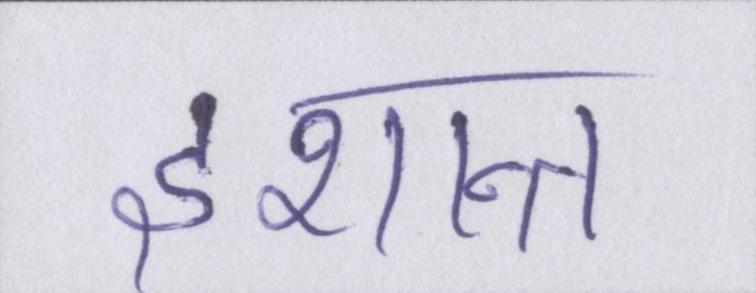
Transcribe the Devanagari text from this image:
इशान्त